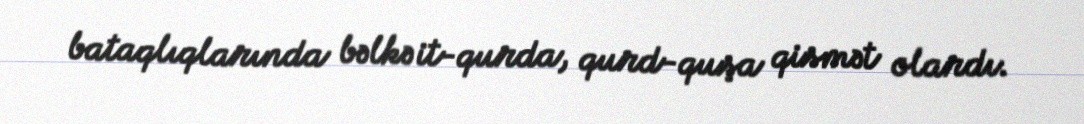
bataqlıqlarında bəlkə it-qurda, qurd-quşa qismət olardı.